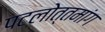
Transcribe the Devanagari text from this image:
पटलोत्तमांग